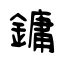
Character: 鏞